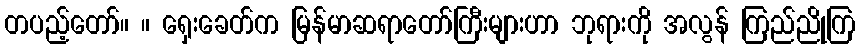
တပည့်တော်။ ။ ရှေးခေတ်က မြန်မာဆရာတော်ကြီးများဟာ ဘုရားကို အလွန် ကြည်ညိုကြ